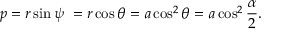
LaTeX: p = r \sin \psi \ = r \cos \theta = a \cos ^ { 2 } \theta = a \cos ^ { 2 } { \frac { \alpha } { 2 } } .